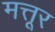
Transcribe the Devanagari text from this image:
मत्तूर